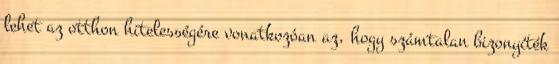
lehet az otthon hitelességére vonatkozóan az, hogy számtalan bizonyíték